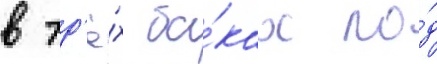
в тр'ё́х ба́ках по́д